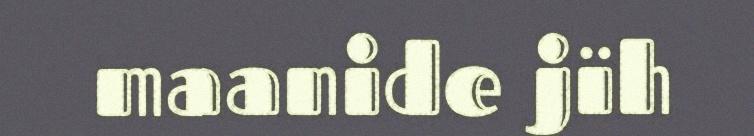
maanide jïh